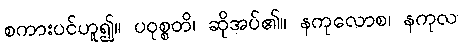
စကားပင်ဟူ၍။ ပဝုစ္စတိ၊ ဆိုအပ်၏။ နကုလောစ၊ နကုလ